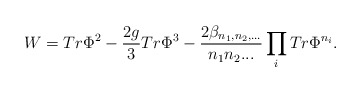
\begin{align*}W = Tr \Phi^2 - \frac{2g}{3} Tr\Phi^3 - \frac{2 \beta_{n_1, n_2,... }}{n_1n_2...} \prod_{i} Tr \Phi^{n_i}.\end{align*}